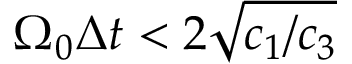
\Omega _ { 0 } \Delta { t } < 2 \sqrt { c _ { 1 } / c _ { 3 } }